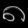
Digit: ၈